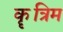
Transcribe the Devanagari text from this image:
कॄत्रिम